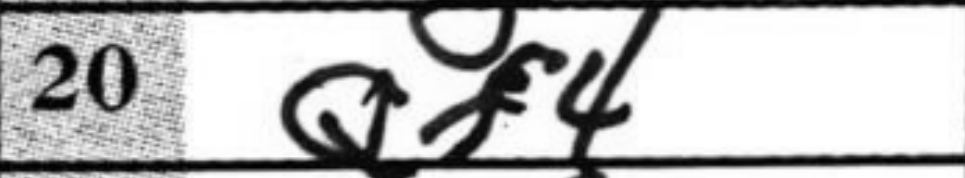
Transcription: Qf4